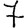
Digit: 7